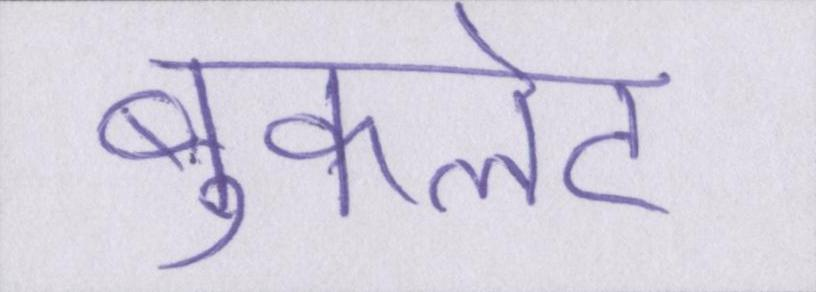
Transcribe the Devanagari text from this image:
बुकलेट